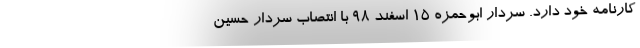
کارنامه خود دارد. سردار ابوحمزه 15 اسفند 98 با انتصاب سردار حسین